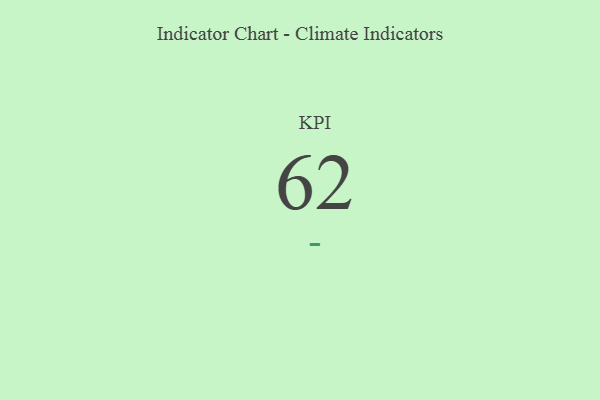
{"axis": {"x": "KPI", "y": "Value"}, "legend": [""], "data": [{"x": "KPI", "y": 62, "type": ""}]}